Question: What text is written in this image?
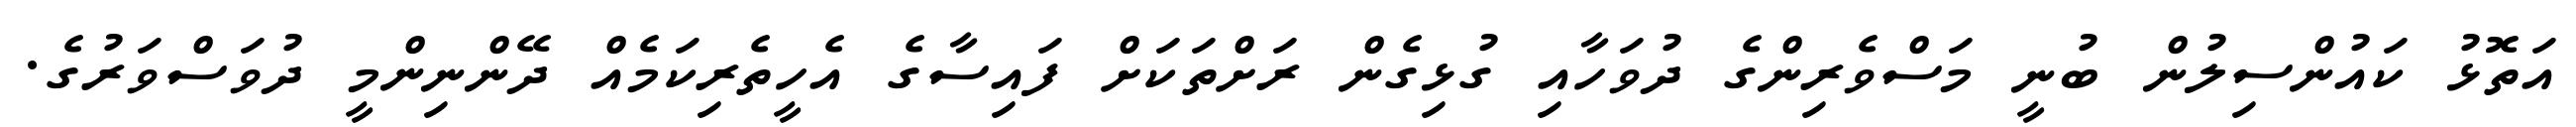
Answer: އަތޮޅު ކައުންސިލުން ބުނީ މަސްވެރިންގެ ދުވަހާއި ގުޅިގެން ރަށްތަކަށް ފައިސާގެ އެހީތެރިކަމެއް ދޭންނިންމީ ދުވަސްވަރުގެ.